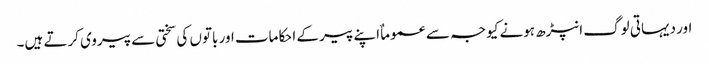
اور دیہاتی لوگ انپڑھ ہونے کیوجہ سے عموماٌ اپنے پیر کے احکامات اور باتوں کی سختی سے پیروی کرتے ہیں۔